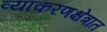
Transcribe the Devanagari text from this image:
व्याकरणक्षेत्रात